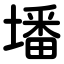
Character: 墦